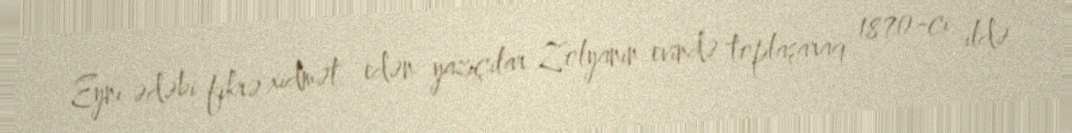
Eyni ədəbi fikrə xidmət edən yazıçılar Zolyanın evində toplaşaraq 1870-ci ildə